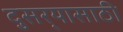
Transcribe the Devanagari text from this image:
दुसर्‍यासाठी